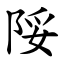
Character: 䧌